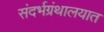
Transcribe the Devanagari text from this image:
संदर्भग्रंथालयात